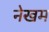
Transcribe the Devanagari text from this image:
नेखम